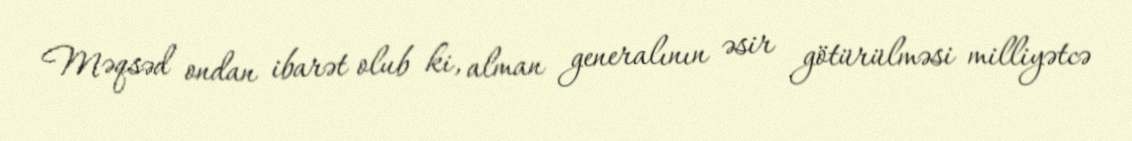
Məqsəd ondan ibarət olub ki, alman generalının əsir götürülməsi milliyətcə